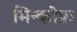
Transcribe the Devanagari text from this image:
मिन्कोफ़